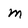
Character: m